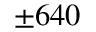
\pm 6 4 0